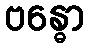
ဗန္ဓော